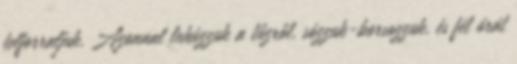
felforraljuk. Azonnal lehúzzuk a tűzről, sózzuk-borsozzuk, és fél órát